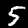
Digit: 5